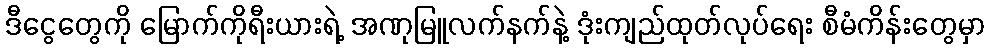
ဒီငွေတွေကို မြောက်ကိုရီးယားရဲ့ အဏုမြူလက်နက်နဲ့ ဒုံးကျည်ထုတ်လုပ်ရေး စီမံကိန်းတွေမှာ